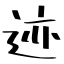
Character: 迹